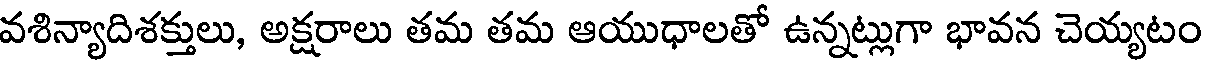
వశిన్యాదిశక్తులు, అక్షరాలు తమ తమ ఆయుధాలతో ఉన్నట్లుగా భావన చెయ్యటం